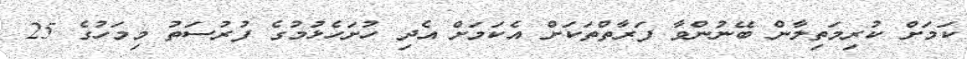
ކަމަށް ކުރިމަތިލާން ބޭނުންވާ ފަރާތްތަކަށް އެކަމަށް އެދި ހުށަހެޅުމުގެ ފުރުސަތު މިމަހުގެ 25